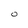
Character: O